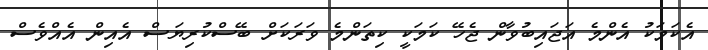
އެކަމަކު އެންމެ އަޖައިބުވާން ޖެހޭ ކަމަކީ ކިތަންމެ ވަރަކަށް ބޭސްކުރިޔަސް އެއިން އެއްވެސް